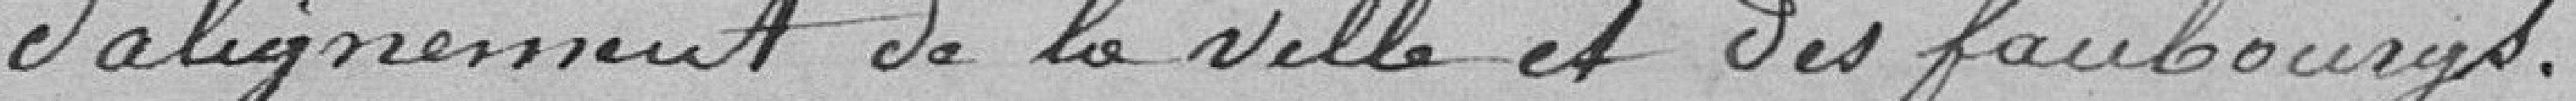
d'alignement de la ville et des faubourgs.